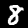
Digit: 8